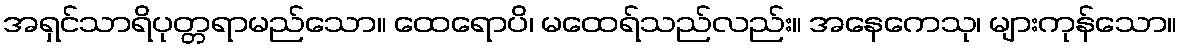
အရှင်သာရိပုတ္တရာမည်သော။ ထေရောပိ၊ မထေရ်သည်လည်း။ အနေကေသု၊ များကုန်သော။